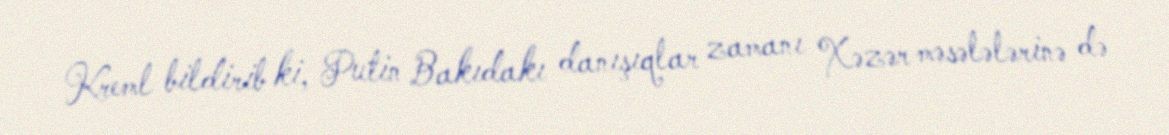
Kreml bildirib ki, Putin Bakıdakı danışıqlar zamanı Xəzər məsələlərinə də